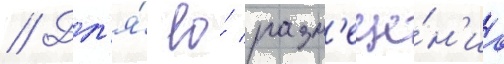
// Дл'я́ ео́ разм'еще́н'иа